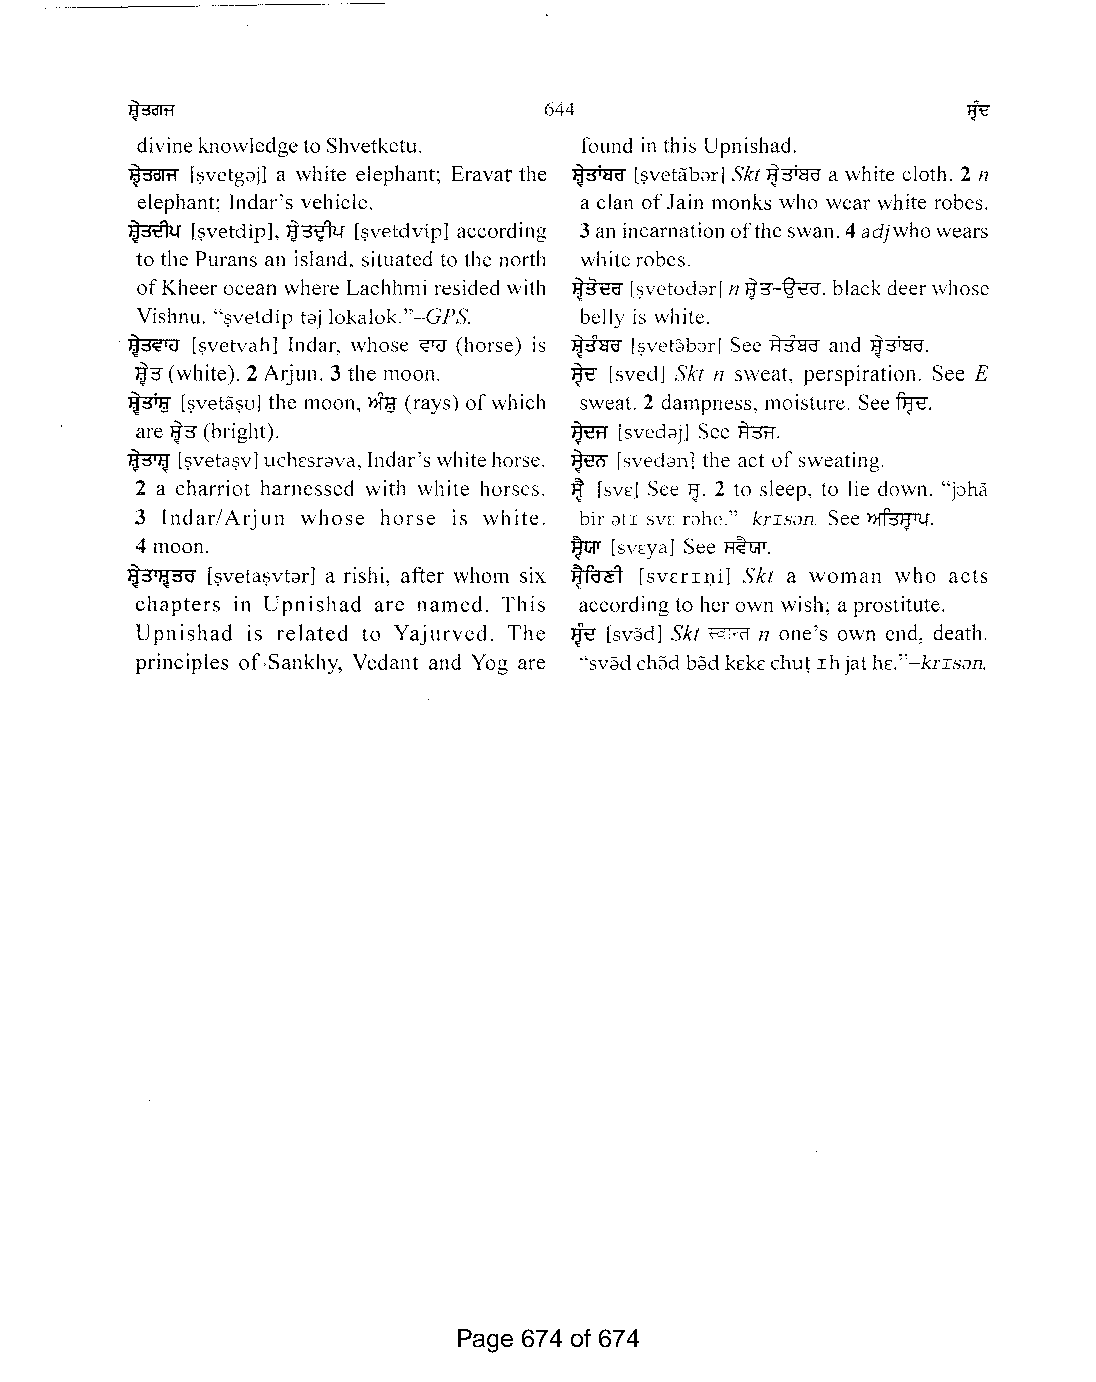
644
 divineknowledgeto Shvetketu. found in this Upnishad.
 1f3+ao
 ~   [~vetgai] a white elephant; Eravat the [~vetabar] SkI ~orao a white cloth. 2 n
 elephant; Indar's vehicle.   a clan ofJain monks who wear white robes.
 ~   [~vetdip],1J~w [~vetdvip]according 3an incarnationofthe swan. 4adjwhowears
 to the Purans an island. situated to the north white robes.
 ofKheer ocean where Lachhmi resided with ~ [~vetodar]n~3"-~. blackdeer whose
 Vishnu. "~vetdiptaj lokalok."-GPS. belly is white.
 ~    [~vetvah] Indar, whose ~ (horse) is ~ [~vet~bar]See ~ and ~orao.
 ~3"(white). 2Arjun. 3 the moon. ~ [sved] SkI n sweat, perspiration. See E
 ~   [~veta~u]the moon, 1?fB (rays) ofwhich sweat. 2 dampness, moisture. Seeftrt.
 are ~3"(bright).             ~  [svedaj] See R3R.
 ~   [~veta~v]uchEsrava, Indar's white horse. ~ [svedan] the act ofsweating.
 J!
 2 a charriot harnessed with white horses. [SVE] See ~. 2 to sleep, to lie down. "jaha
 3 Indar/Arjun whose horse is white. bir atI SVE rahe."-krIsan. See~.
 J1w
 4 moon.                        [svrya] See F!?w.
 ~3i~3a [~veta~vtar]a rishi, after whom six ~ [sVErII).i] SkI a woman who acts
 chapters in Upnishad are named. This according to her own wish; a prostitute.
 Jit:!
 Upnishad is related to Yajurved. The [sv;:Jd] SkI B:fRf n one's own end, death.
 principles of.Sankhy, Vedant and Yog are "sv;:Jdch;:Jd b;:Jd kEkE chutIhjathE."-knsan.
 Page 674 of 674